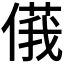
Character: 𠌾